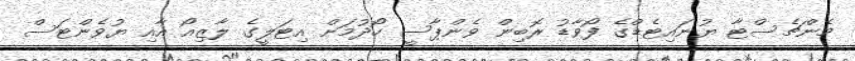
މެންޗެސްޓާ ޔުނައިޓެޑްގެ ފޯވާޑު ރޮބިން ވެންޕާސީ ހޯދުމަށް އިޓަލީގެ ލާޒިއޯ އާއި ޔުވެންޓަސް